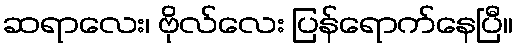
ဆရာလေး၊ ဗိုလ်လေး ပြန်ရောက်နေပြီ။